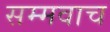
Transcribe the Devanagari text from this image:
सम्मवाच